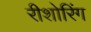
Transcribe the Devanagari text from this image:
रीशोरिंग